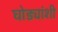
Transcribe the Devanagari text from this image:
घोड्यांशी